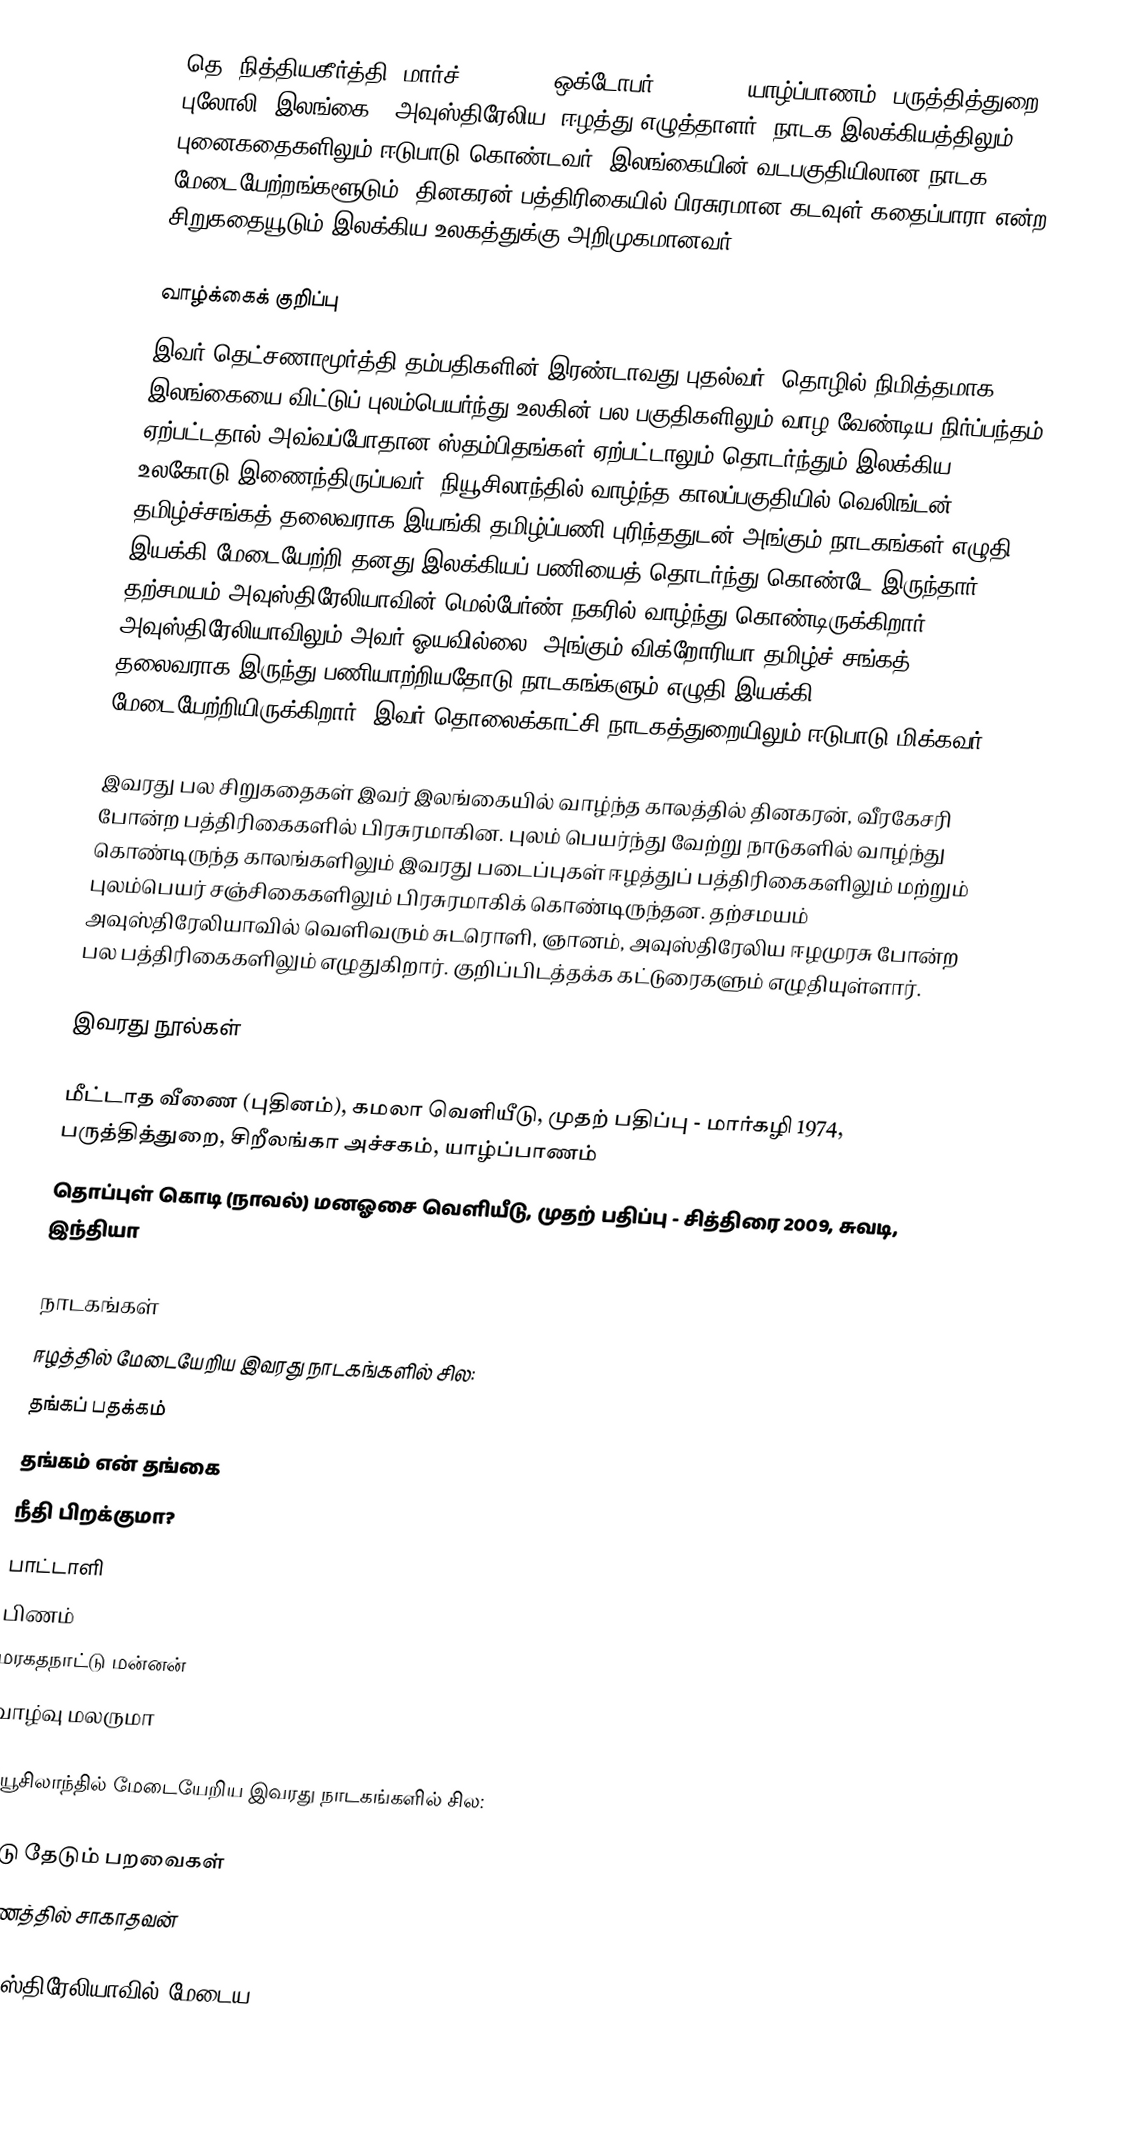
தெ. நித்தியகீர்த்தி (மார்ச் 4, 1947 - ஒக்டோபர் 15, 2009, யாழ்ப்பாணம், பருத்தித்துறை, புலோலி, இலங்கை). அவுஸ்திரேலிய, ஈழத்து எழுத்தாளர். நாடக இலக்கியத்திலும், புனைகதைகளிலும் ஈடுபாடு கொண்டவர். இலங்கையின் வடபகுதியிலான நாடக மேடையேற்றங்களூடும், தினகரன் பத்திரிகையில் பிரசுரமான கடவுள் கதைப்பாரா என்ற சிறுகதையூடும் இலக்கிய உலகத்துக்கு அறிமுகமானவர்.

வாழ்க்கைக் குறிப்பு
இவர் தெட்சணாமூர்த்தி தம்பதிகளின் இரண்டாவது புதல்வர். தொழில் நிமித்தமாக இலங்கையை விட்டுப் புலம்பெயர்ந்து உலகின் பல பகுதிகளிலும் வாழ வேண்டிய நிர்ப்பந்தம் ஏற்பட்டதால் அவ்வப்போதான ஸ்தம்பிதங்கள் ஏற்பட்டாலும் தொடர்ந்தும் இலக்கிய உலகோடு இணைந்திருப்பவர். நியூசிலாந்தில் வாழ்ந்த காலப்பகுதியில் வெலிங்டன் தமிழ்ச்சங்கத் தலைவராக இயங்கி தமிழ்ப்பணி புரிந்ததுடன் அங்கும் நாடகங்கள் எழுதி இயக்கி மேடையேற்றி தனது இலக்கியப் பணியைத் தொடர்ந்து கொண்டே இருந்தார். தற்சமயம் அவுஸ்திரேலியாவின் மெல்பேர்ண் நகரில் வாழ்ந்து கொண்டிருக்கிறார். அவுஸ்திரேலியாவிலும் அவர் ஓயவில்லை. அங்கும் விக்றோரியா தமிழ்ச் சங்கத் தலைவராக இருந்து பணியாற்றியதோடு நாடகங்களும் எழுதி இயக்கி மேடையேற்றியிருக்கிறார். இவர் தொலைக்காட்சி நாடகத்துறையிலும் ஈடுபாடு மிக்கவர்.

இவரது பல சிறுகதைகள் இவர் இலங்கையில் வாழ்ந்த காலத்தில் தினகரன், வீரகேசரி போன்ற பத்திரிகைகளில் பிரசுரமாகின. புலம் பெயர்ந்து வேற்று நாடுகளில் வாழ்ந்து கொண்டிருந்த காலங்களிலும் இவரது படைப்புகள் ஈழத்துப் பத்திரிகைகளிலும் மற்றும் புலம்பெயர் சஞ்சிகைகளிலும் பிரசுரமாகிக் கொண்டிருந்தன. தற்சமயம் அவுஸ்திரேலியாவில் வெளிவரும் சுடரொளி, ஞானம், அவுஸ்திரேலிய ஈழமுரசு போன்ற பல பத்திரிகைகளிலும் எழுதுகிறார். குறிப்பிடத்தக்க கட்டுரைகளும் எழுதியுள்ளார்.

இவரது நூல்கள்

 மீட்டாத வீணை (புதினம்), கமலா வெளியீடு, முதற் பதிப்பு - மார்கழி 1974, பருத்தித்துறை, சிறீலங்கா அச்சகம், யாழ்ப்பாணம்
 தொப்புள் கொடி (நாவல்) மனஓசை வெளியீடு, முதற் பதிப்பு - சித்திரை 2009, சுவடி, இந்தியா

நாடகங்கள்
ஈழத்தில் மேடையேறிய இவரது நாடகங்களில் சில:
 தங்கப் பதக்கம்
 தங்கம் என் தங்கை
 நீதி பிறக்குமா?
 பாட்டாளி
 பிணம்
 மரகதநாட்டு மன்னன்
 வாழ்வு மலருமா

நியூசிலாந்தில் மேடையேறிய இவரது நாடகங்களில் சில:

 கூடு தேடும் பறவைகள்
 மரணத்தில் சாகாதவன்

அவுஸ்திரேலியாவில் மேடைய